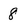
Character: 8